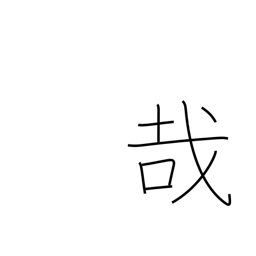
Meaning: exclamation mark